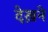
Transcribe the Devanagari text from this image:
देख़ने